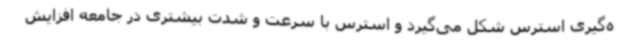
ه‌گیری استرس شکل می‌گیرد و استرس با سرعت و شدت بیشتری در جامعه افزایش